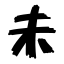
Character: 未